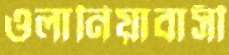
ওলানিয়াবাসী